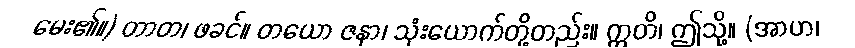
မေး၏။) တာတ၊ ဖခင်။ တယော ဇနာ၊ သုံးယောက်တို့တည်း။ ဣတိ၊ ဤသို့။ (အာဟ၊